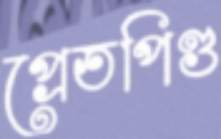
প্রেতপিণ্ড